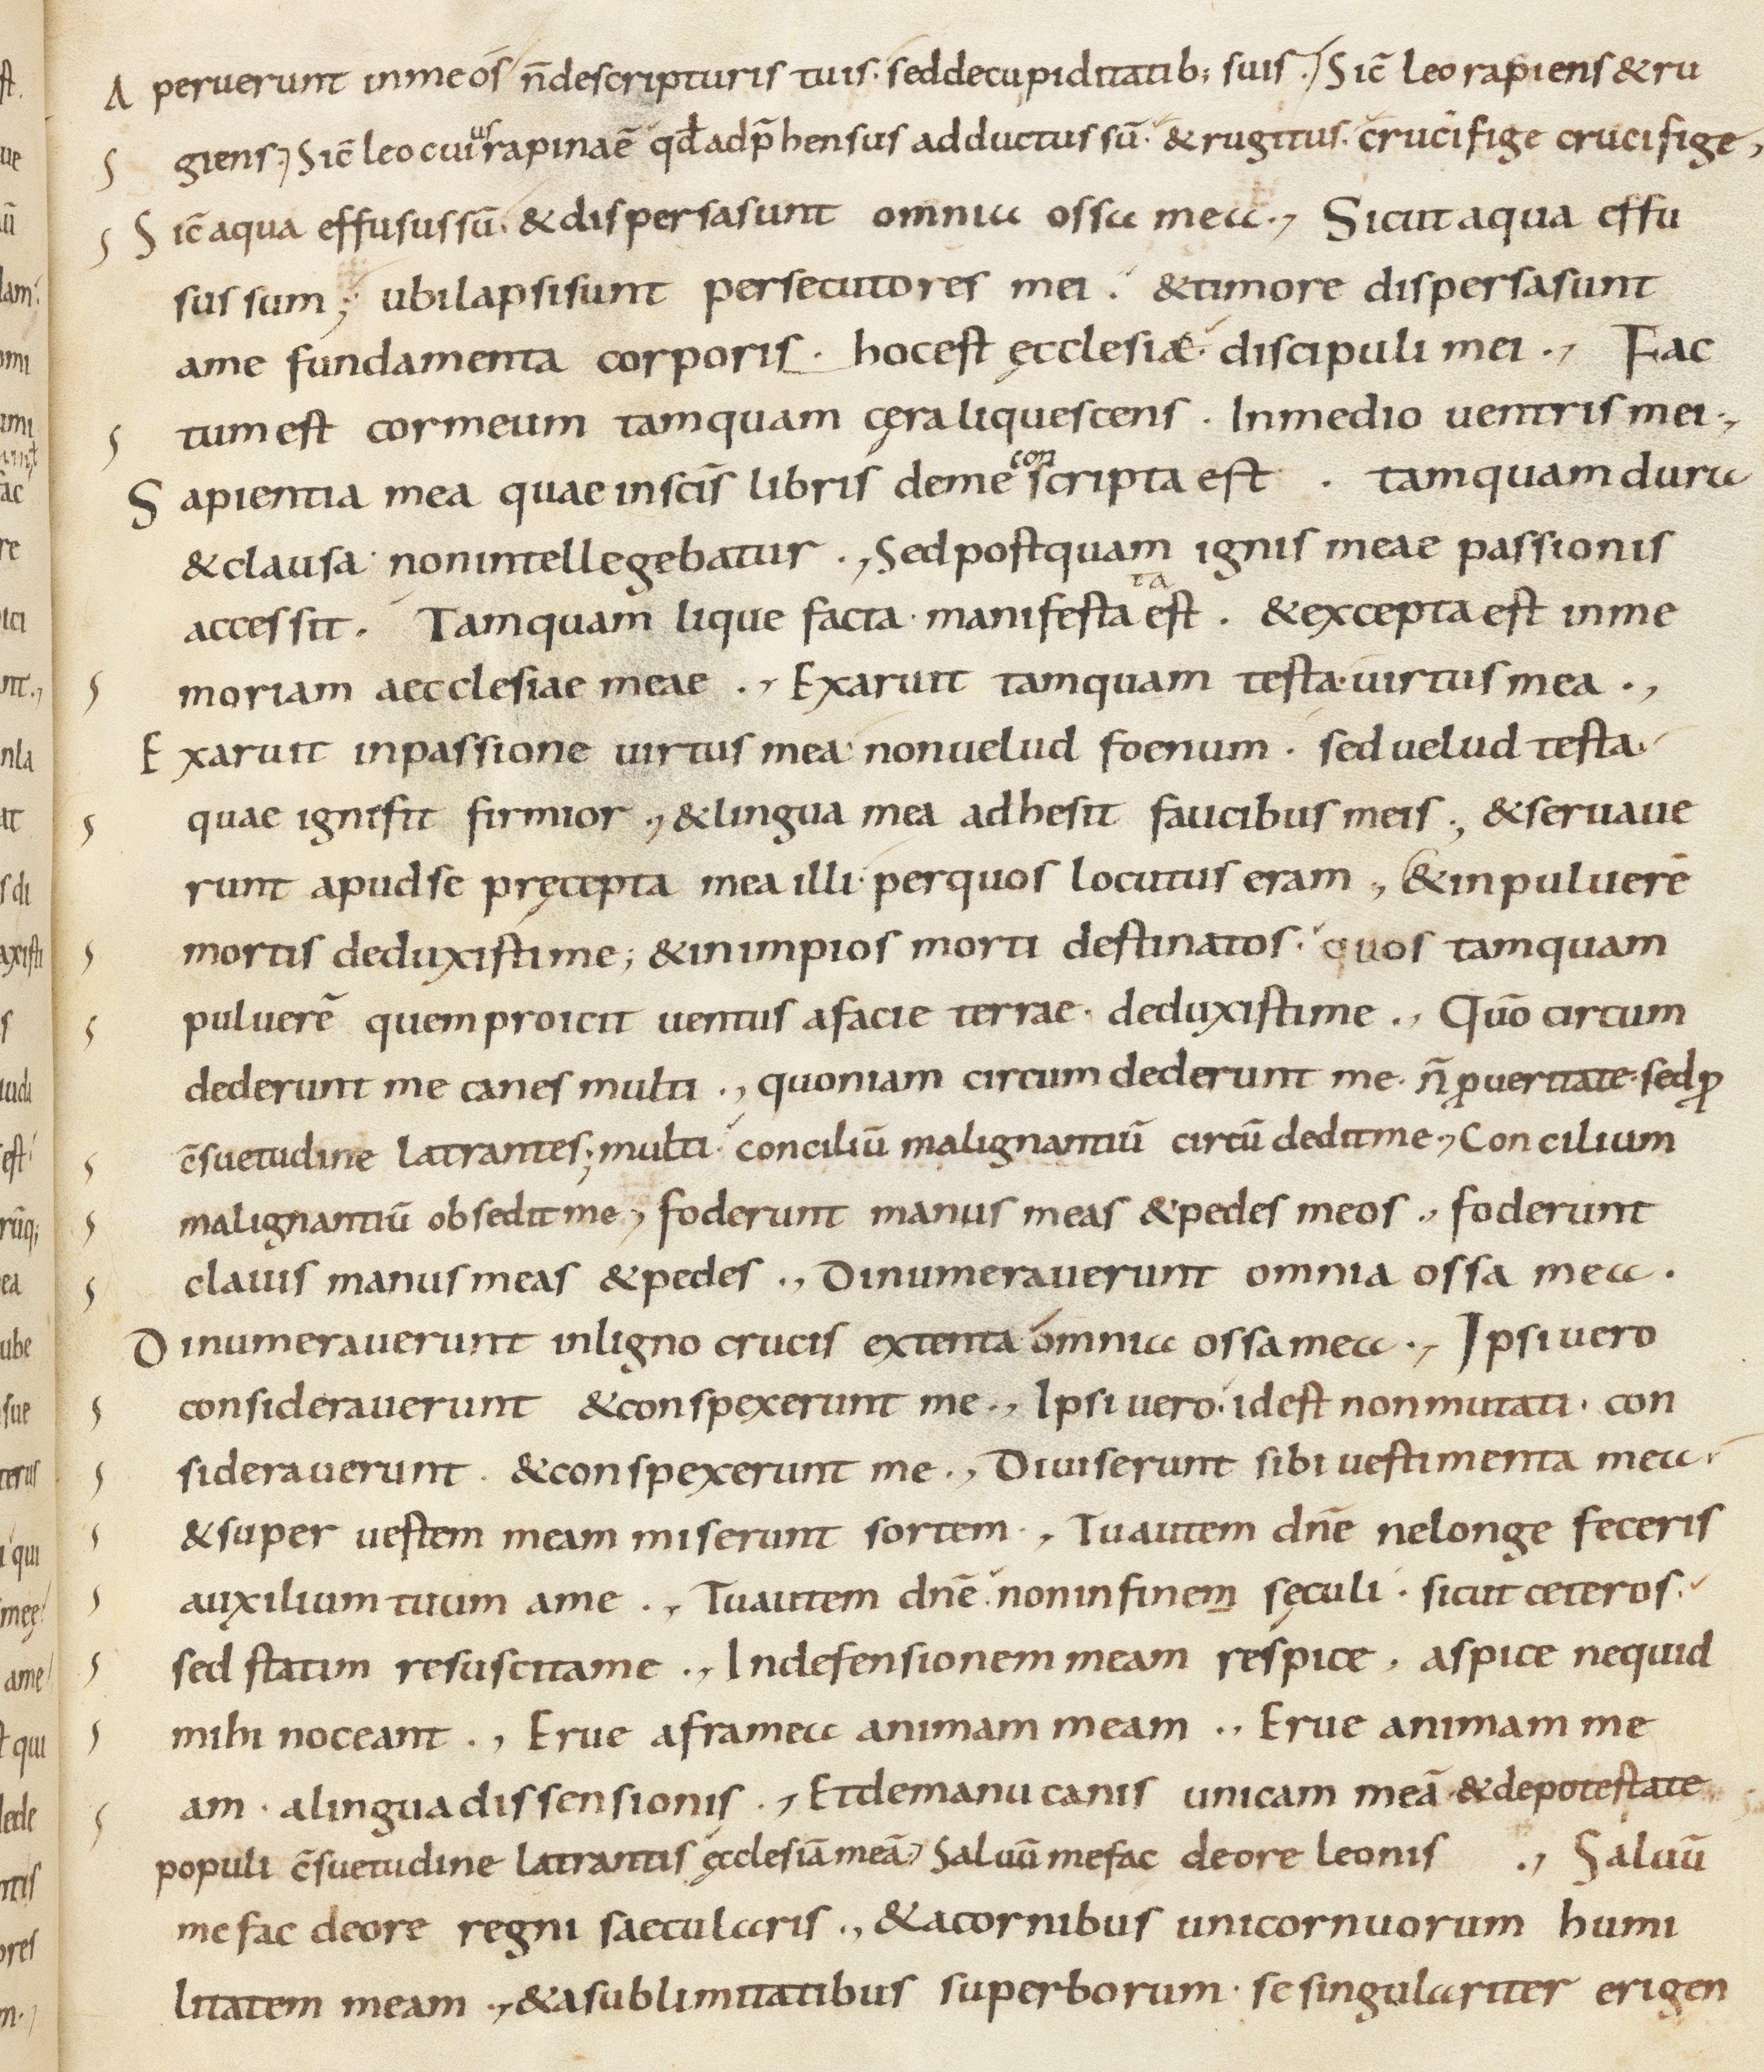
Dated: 800–899